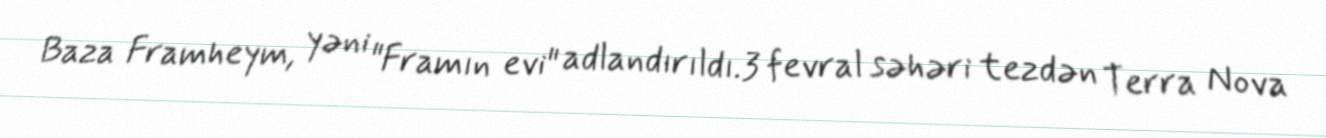
Baza Framheym, yəni "Framın evi" adlandırıldı.3 fevral səhəri tezdən Terra Nova